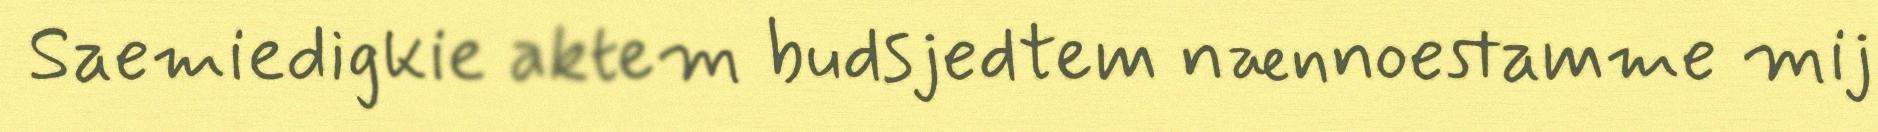
Saemiedigkie aktem budsjedtem nænnoestamme mij